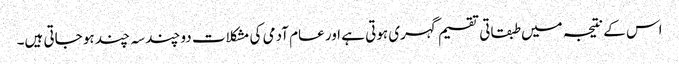
اس کے نتیجہ میں طبقاتی تقسیم گہری ہوتی ہے اور عام آدمی کی مشکلات دو چند سہ چند ہو جاتی ہیں۔